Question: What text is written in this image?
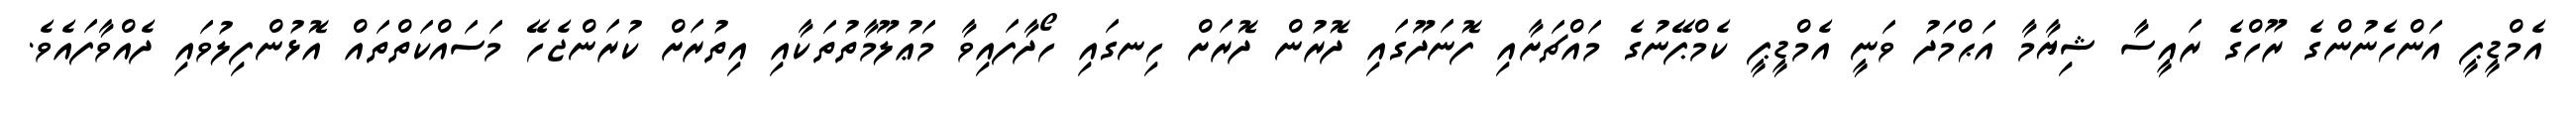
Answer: އެމްޑީޕީ އަންހެނުންގެ ރޫހްގެ ރައީސާ ޝިޔާމާ އަޙްމަދު ވަނީ އެމްޑީޕީ ކެމްޕޭނުގެ މައްޗަށާއި ފޮނަދޫގައި ދޮރުން ދޮރަށް ހިނގައި ހޯދާފައިވާ މަޢުލޫމާތުތަކާއި އިތުރަށް ކުރަންޖެހޭ މަސައްކަތްތައް އޮޅުންފިލުވައި ދެއްވާފައެވެ.